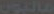
ماليون